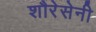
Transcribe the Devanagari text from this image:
शौरेसेनी